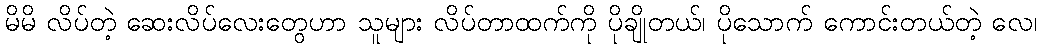
မိမိ လိပ်တဲ့ ဆေးလိပ်လေးတွေဟာ သူများ လိပ်တာထက်ကို ပိုချိုတယ်၊ ပိုသောက် ကောင်းတယ်တဲ့ လေ၊